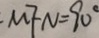
. M F N = 9 0 ^ { \circ }